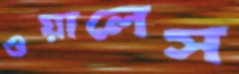
ওয়ালেস